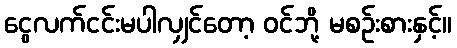
ငွေလက်ငင်းမပါလျှင်တော့ ဝင်ဘို့ မစဉ်းစားနှင့်။